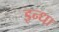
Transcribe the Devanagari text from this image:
इन्धा